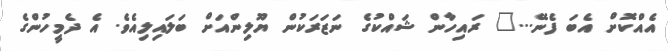
އެއްކޮށް އެބަ ފެނޭ..." ރައިހާން ޝައްކުގެ ނަޒަރަކުން ޔޫލިންއަށް ބަލައިލިއެވެ. އެ ދެމީހުންގެ